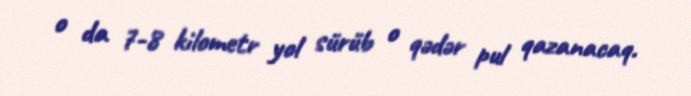
o da 7-8 kilometr yol sürüb o qədər pul qazanacaq.